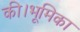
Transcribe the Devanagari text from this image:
की।भूमिका